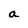
Character: a